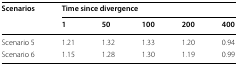
<table><thead><tr><td rowspan="2"><b>Scenarios</b></td><td colspan="5"><b>Time since divergence</b></td></tr><tr><td><b>1</b></td><td><b>50</b></td><td><b>100</b></td><td><b>200</b></td><td><b>400</b></td></tr></thead><tbody><tr><td>Scenario 5</td><td>1.21</td><td>1.32</td><td>1.33</td><td>1.20</td><td>0.94</td></tr><tr><td>Scenario 6</td><td>1.15</td><td>1.28</td><td>1.30</td><td>1.19</td><td>0.99</td></tr></tbody></table>